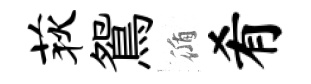
荻鴛循肴